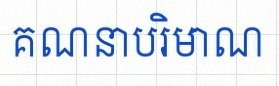
គណនាបរិមាណ